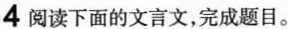
4阅读下面的文言文，完成题目。